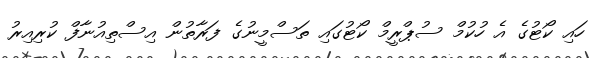
ހައި ކޯޓުގެ އެ ހުކުމް ސުޕްރީމް ކޯޓުގައި ތަސްމީނުގެ ފަރާތުން އިސްތިއުނާފް ކުރިއިރު